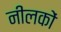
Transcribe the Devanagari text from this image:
नीलकों